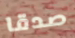
صدقا